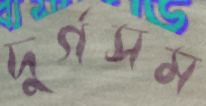
দুর্গসম